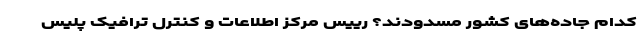
کدام جاده‌های کشور مسدودند؟ رییس مرکز اطلاعات و کنترل ترافیک پلیس